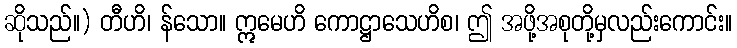
ဆိုသည်။) တီဟိ၊ န်သော။ ဣမေဟိ ကောဋ္ဌာသေဟိစ၊ ဤ အဖို့အစုတို့မှလည်းကောင်း။